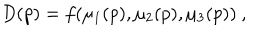
LaTeX: D ( p ) = f ( \mu _ { 1 } ( p ) , \mu _ { 2 } ( p ) , \mu _ { 3 } ( p ) ) ~ , \hspace { 1 c m }